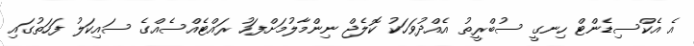
އެ އެކްސިޑެންޓް ހިނގީ ސުބްރީތު އެއްދުވަހަކު ކޮލެޖް ނިންމާލުމަށްފަހު ރައްޓެއްސެއްގެ ސައިކަލު ފަހަތުގައި